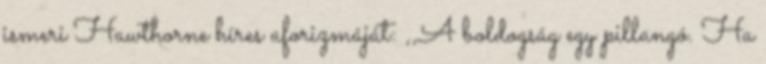
ismeri Hawthorne híres aforizmáját: ,,A boldogság egy pillangó. Ha